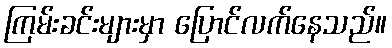
ကြမ်းခင်းများမှာ ပြောင်လက်နေသည်။